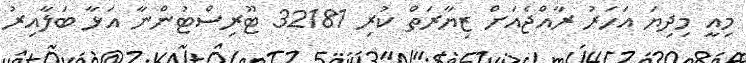
މިއީ މިދިޔަ އަހަރު ރާއްޖެއަށް ޒިޔާރަތް ކުރި 32181 ޓޫރިސްޓުންނާ އަޅާ ބަލާއިރު